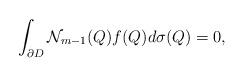
LaTeX: \begin{align*}\int_{\partial D}\mathcal{N}_{m-1}(Q)f(Q)d\sigma(Q)=0,\end{align*}